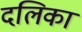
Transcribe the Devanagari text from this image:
दलिका